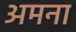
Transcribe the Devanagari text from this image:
अमना